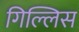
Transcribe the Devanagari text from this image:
गिल्लिस